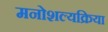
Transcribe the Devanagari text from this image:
मनोशल्यक्रिया